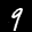
Label: 9